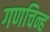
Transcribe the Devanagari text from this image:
गणचिन्ह